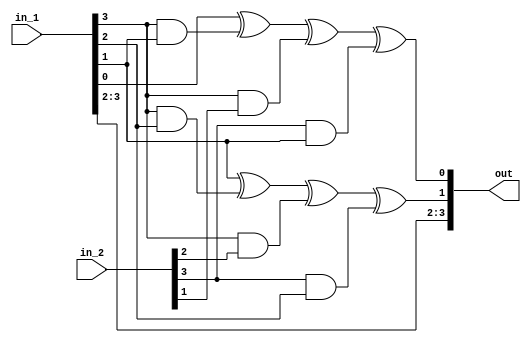

//////////////////////////////////////////////////////////////////////////////////
// Company: 	   COSIC, KU Leuven
// 
// Design Name: 
// Project Name:   TI with Non-Uniform Inputs
// Project Name: 
// Target Devices: 
// Tool versions: 
// Description: 
//
// Dependencies: 
//
// Revision: 
// Revision 0.01 - File Created
// Additional Comments: 
//
//////////////////////////////////////////////////////////////////////////////////
module Q294_box(
	input wire [3:0] in_1,
	input wire [3:0] in_2,
	output wire [3:0] out
);

	assign out[3] = in_1[3];
	assign out[2] = in_1[2];
	assign out[1] = in_1[1] ^ (in_1[3]&in_1[2]) ^ (in_1[3]&in_2[2]) ^ (in_2[3]&in_1[2]);
	assign out[0] = in_1[0] ^ (in_1[3]&in_1[1]) ^ (in_1[3]&in_2[1]) ^ (in_2[3]&in_1[1]);

endmodule